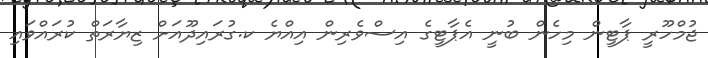
ޖުމްހޫރީ ޕާޓީން މިހެން ބުނީ އެޕާޓީގެ އިސްވެރިން އިއްޔެ ކ.ގުރައިދޫއަށް ޒިޔާރަތް ކުރައްވައި